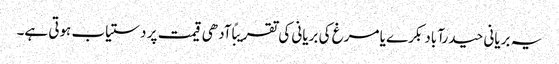
یہ بریانی حیدرآباد بکرے یا مرغ کی بریانی کی تقریبًا آدھی قیمت پر دستیاب ہوتی ہے۔